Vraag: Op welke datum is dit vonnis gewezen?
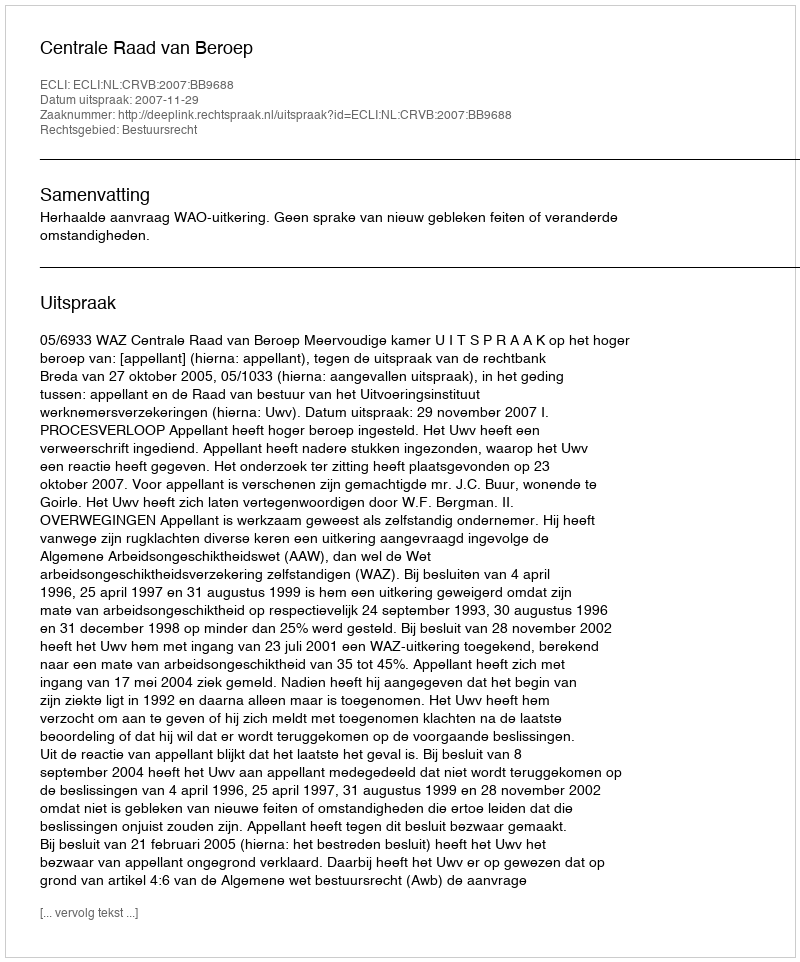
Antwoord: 2007-11-29